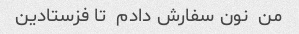
من  نون سفارش دادم  تا فزستادین